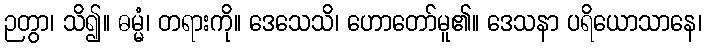
ဉတွာ၊ သိ၍။ ဓမ္မံ၊ တရားကို။ ဒေသေသိ၊ ဟောတော်မူ၏။ ဒေသနာ ပရိယောသာနေ၊